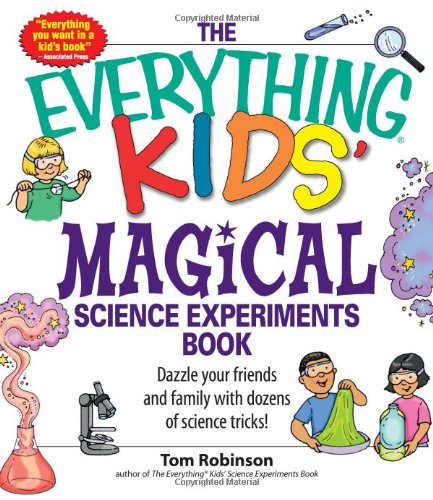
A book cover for The Everything Kids' Magical Science Experiments Book: Dazzle your friends and family by making magical things happen!; Tom Robinson; Children's Books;